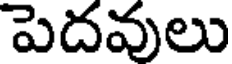
పెదవులు